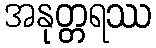
အနုတ္တရဿ